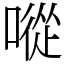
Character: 㗰